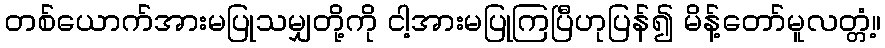
တစ်ယောက်အားမပြုသမျှတို့ကို ငါ့အားမပြုကြပြီဟုပြန်၍ မိန့်တော်မူလတ္တံ့။